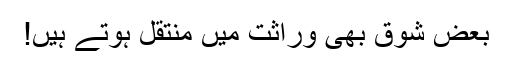
بعض شوق بھی وراثت میں منتقل ہوتے ہیں!